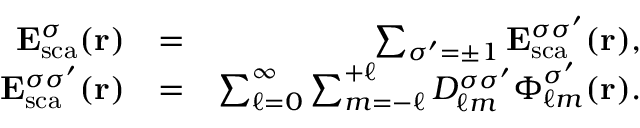
\begin{array} { r l r } { { \bf E } _ { \mathrm { { s c a } } } ^ { \sigma } ( { \bf r } ) } & { = } & { \sum _ { \sigma ^ { \prime } = \pm 1 } { \bf E } _ { \mathrm { s c a } } ^ { \sigma \sigma ^ { \prime } } ( { \bf r } ) , } \\ { { \bf E } _ { \mathrm { { s c a } } } ^ { \sigma \sigma ^ { \prime } } ( { \bf r } ) } & { = } & { \sum _ { \ell = 0 } ^ { \infty } \sum _ { m = - \ell } ^ { + \ell } D _ { \ell m } ^ { \sigma \sigma ^ { \prime } } \boldsymbol { \Phi } _ { \ell m } ^ { \sigma ^ { \prime } } ( { \bf r } ) . } \end{array}